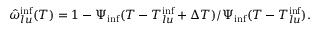
\begin{array} { r } { \hat { \omega } _ { l u } ^ { \mathrm { i n f } } ( T ) = 1 - \Psi _ { \mathrm { i n f } } ( T - T _ { l u } ^ { \mathrm { i n f } } + \Delta T ) / \Psi _ { \mathrm { i n f } } ( T - T _ { l u } ^ { \mathrm { i n f } } ) . } \end{array}